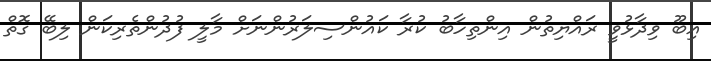
އިބޫ ވިދާޅުވީ ރައްޔިތުން އިންތިހާބު ކުރާ ކައުންސިލަރުންނަށް މާލީ ފުދުންތެރިކަން ލިބޭ ގޮތް